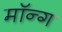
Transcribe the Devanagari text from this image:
मॉन्ग